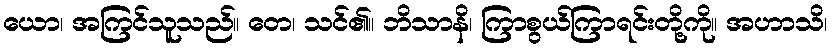
ယော၊ အကြင်သူသည်။ တေ၊ သင်၏။ ဘိသာနိ၊ ကြာစွယ်ကြာရင်းတို့ကို။ အဟာသိ၊